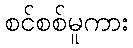
စင်စစ်မူကား